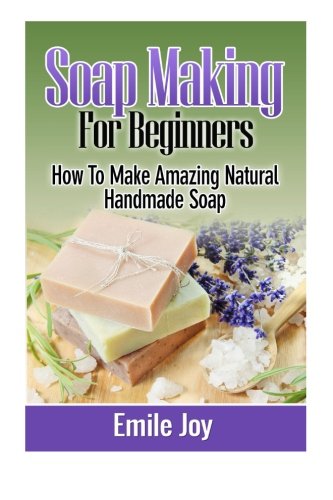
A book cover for Soap Making For Beginners: How To Make Amazing Natural Handmade Soap (Soap Making, How To Make Soap, Soap Making Books) (Volume 1); Emile Joy; Crafts, Hobbies & Home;